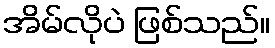
အိမ်လိုပဲ ဖြစ်သည်။